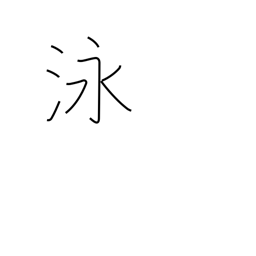
Meaning: swim